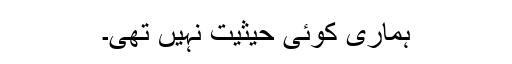
ہماری کوئی حیثیت نہیں تھی۔